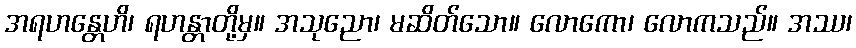
အရဟန္တေဟိ၊ ရဟန္တာတို့မှ။ အသုညော၊ မဆိတ်သော။ လောကော၊ လောကသည်။ အဿ၊